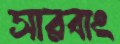
সারবাং